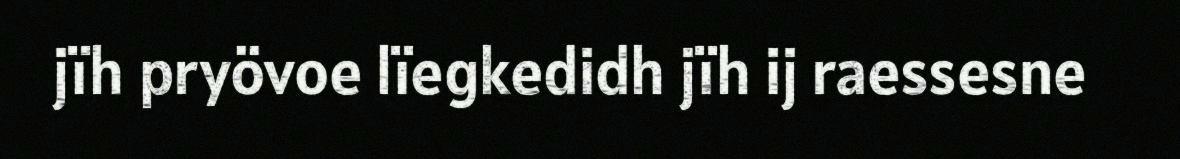
jïh pryövoe lïegkedidh jïh ij raessesne